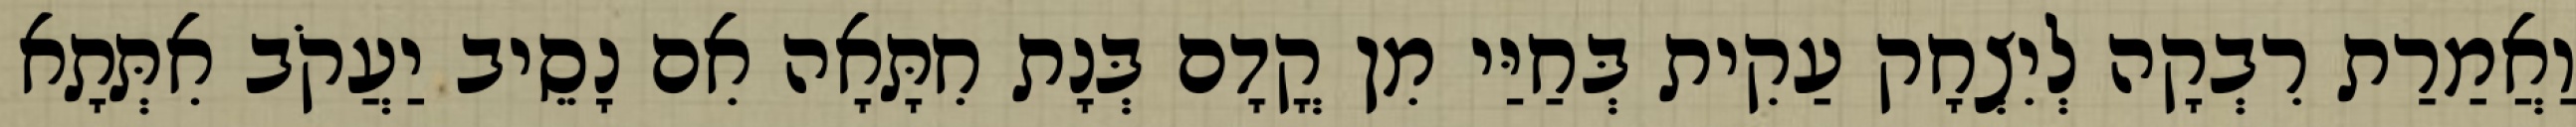
וַאֲמַרַת רִבְקָה לְיִצְחָק עַקִית בְּחַיַּי מִן קֳדָם בְּנָת חִתָּאָה אִם נָסֵיב יַעֲקֹב אִתְּתָא